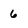
Character: 6